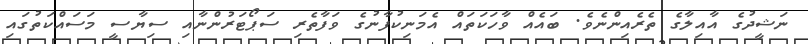
ނަޝީދުގެ އާއިލާގެ ތެރެއިންނެވެ. ބައެއް ވާހަކަތައް އެމަނިކުފާނުގެ ވަފާތެރި ސަޕޯޓަރުންނާއި ސިޔާސީ މަސައްކަތުގައި